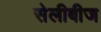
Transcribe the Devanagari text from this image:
सेलीबीज